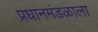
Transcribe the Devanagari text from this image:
प्रधानमंडळाला